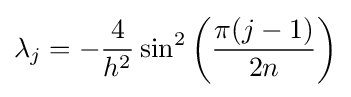
\lambda _{j}=-{\frac {4}{h^{2}}}\sin ^{2}\left({\frac {\pi (j-1)}{2n}}\right)